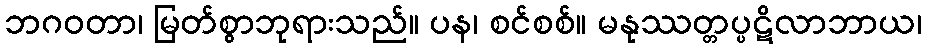
ဘဂဝတာ၊ မြတ်စွာဘုရားသည်။ ပန၊ စင်စစ်။ မနုဿတ္တပ္ပဋိလာဘာယ၊